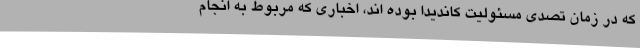
که در زمان تصدی مسئولیت کاندیدا بوده اند، اخباری که مربوط به انجام